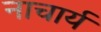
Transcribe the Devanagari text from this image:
नाचार्य